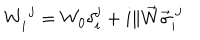
W _ { i } ^ { ~ j } = W _ { 0 } \delta _ { i } ^ { j } + i \| \vec { W } \vec { \sigma } _ { i } ^ { ~ j }